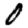
Digit: 0